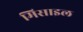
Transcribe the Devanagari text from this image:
मिसाइल